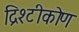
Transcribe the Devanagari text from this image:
द्रिश्टीकोण